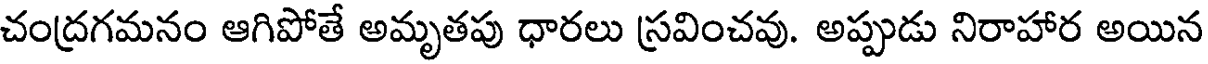
చంద్రగమనం ఆగిపోతే అమృతపు ధారలు స్రవించవు. అప్పుడు నిరాహార అయిన